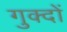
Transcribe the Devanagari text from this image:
गुक्दों